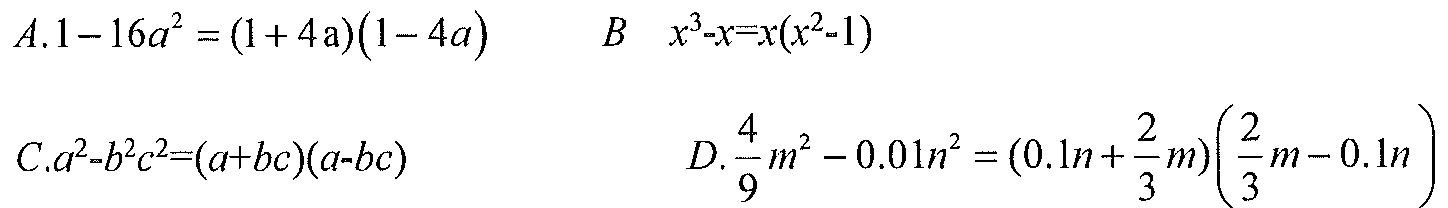
\(A.1 - 16a^{2}=(1 + 4a)(1 - 4a)\)  \(B\ \ x^{3}-x=x(x^{2}-1)\)
\(C.a^{2}-b^{2}c^{2}=(a + bc)(a - bc)\)  \(D.\frac{4}{9}m^{2}-0.01n^{2}=(0.1n+\frac{2}{3}m)(\frac{2}{3}m - 0.1n)\)